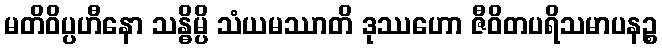
မတိဝိပ္ပဟီနော သန္ဓိမ္ပိ သံယမဿာတိ ဒုဿဟော ဇီဝိတပရိသမာပနဉ္စ